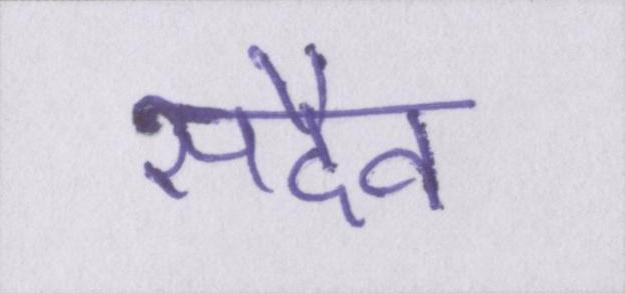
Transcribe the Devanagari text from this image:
सदैव